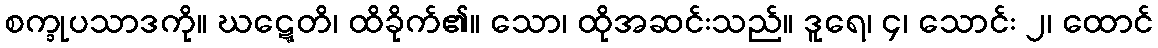
စက္ခုပသာဒကို။ ဃဋ္ဋေတိ၊ ထိခိုက်၏။ သော၊ ထိုအဆင်းသည်။ ဒူရေ၊ ၄၊ သောင်း ၂၊ ထောင်